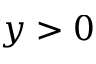
y > 0